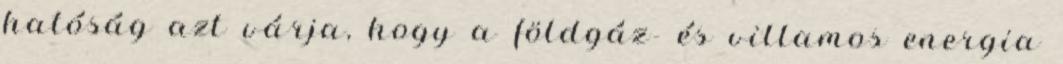
hatóság azt várja, hogy a földgáz- és villamos energia